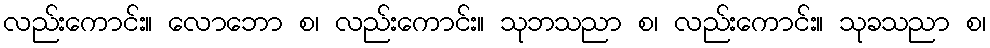
လည်းကောင်း။ လောဘော စ၊ လည်းကောင်း။ သုဘသညာ စ၊ လည်းကောင်း။ သုခသညာ စ၊